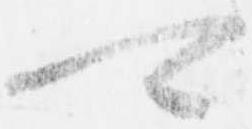
可